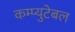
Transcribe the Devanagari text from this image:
कम्प्युटेबल